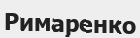
Римаренко